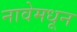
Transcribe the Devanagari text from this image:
नावेमधून